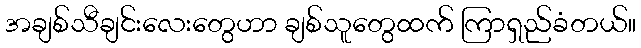
အချစ်သီချင်းလေးတွေဟာ ချစ်သူတွေထက် ကြာရှည်ခံတယ်။